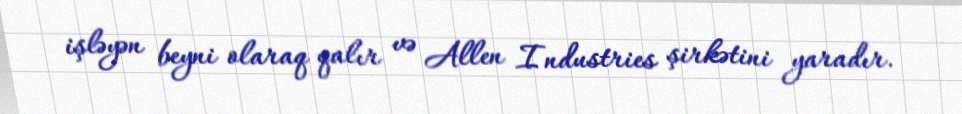
işləyən beyni olaraq qalır və Allen Industries şirkətini yaradır.